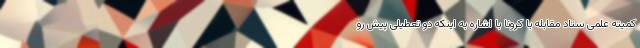
کمیته علمی ستاد مقابله با کرونا با اشاره به اینکه دو تعطیلی پیش رو